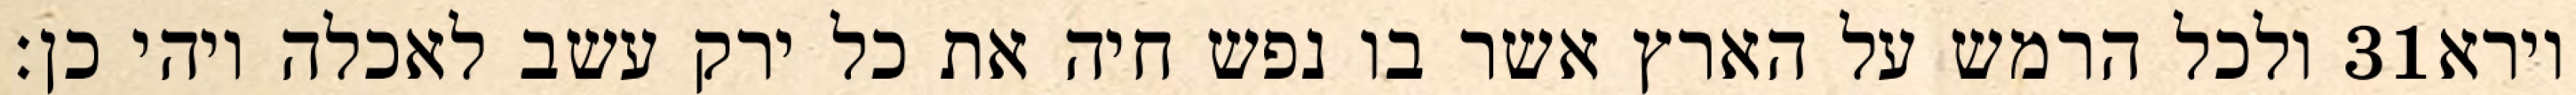
ולכל הרמש על הארץ אשר בו נפש חיה את כל ירק עשב לאכלה ויהי כן׃ ‎31‏ וירא